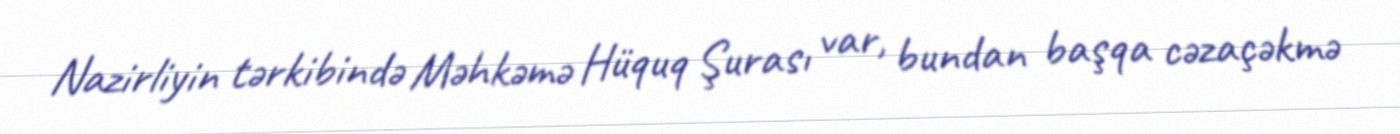
Nazirliyin tərkibində Məhkəmə Hüquq Şurası var, bundan başqa cəzaçəkmə